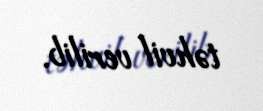
təhvil verilib.